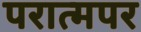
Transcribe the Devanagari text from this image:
परात्मपर